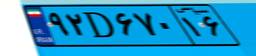
۴۶D۶۱۴۴۷